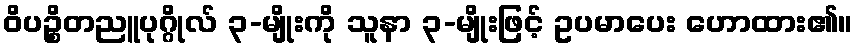
ဝိပဉ္စိတညူပုဂ္ဂိုလ် ၃-မျိုးကို သူနာ ၃-မျိုးဖြင့် ဥပမာပေး ဟောထား၏။